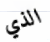
الذي